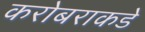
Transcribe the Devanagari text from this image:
करोबराकडे